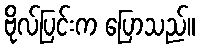
ဗိုလ်ပြင်းက ပြောသည်။